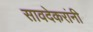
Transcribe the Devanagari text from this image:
सावदेकरांनी